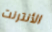
الأنترنت